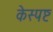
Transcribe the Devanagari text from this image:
केस्पष्ट